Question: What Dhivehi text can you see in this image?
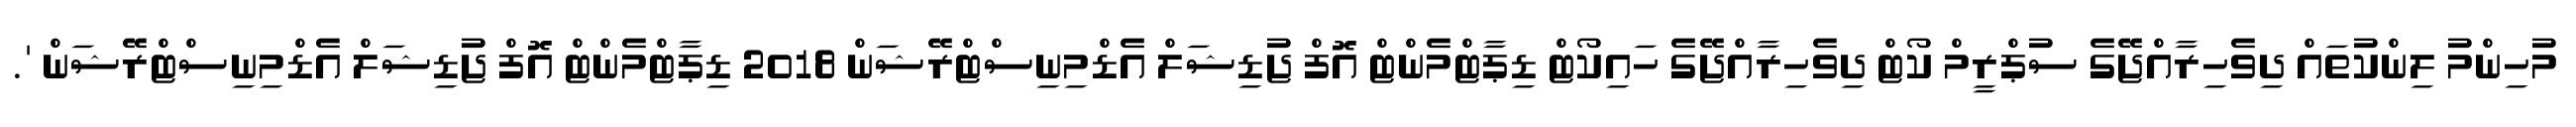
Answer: މުހިންމު ލިންކުތައް ދިވެހިރާއްޖޭގެ ސުޕްރީމް ކޯޓް ދިވެހިރާއްޖޭގެ ހައިކޯޓް ޑިޕާޓްމެންޓް އޮފް ޖުޑިޝަލް އެޑްމިނިސްޓްރޭޝަން 2018 ޑިޕާޓްމެންޓް އޮފް ޖުޑިޝަލް އެޑްމިނިސްޓްރޭޝަން '.